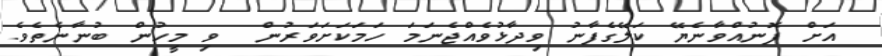
އަށް ފޮނުއްވާނެޔޭ ކަލޭގެފާނު ވިދާޅުވެއްޖެނަމަ ހަމަކަށަވަރުން  ވި މީހުން ބުނާނެތެވެ.